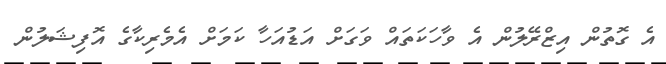
އެ ގޮތުން އިޒްރޭލުން އެ ވާހަކަތައް ވަގަށް އަޑުއަހާ ކަމަށް އެމެރިކާގެ އޮފިޝަލުން